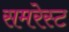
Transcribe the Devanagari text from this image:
समरेस्ट